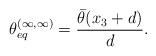
LaTeX: \begin{align*} \theta_{eq}^{(\infty,\infty)} = \frac{\bar{\theta}(x_3 + d)}{d}.\end{align*}